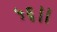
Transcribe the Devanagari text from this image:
५६।।